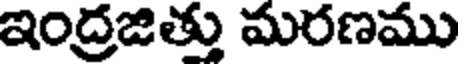
ఇంద్రజిత్తు మరణము